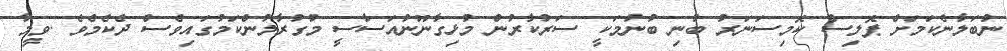
ނުބަލާނެކަމަށް ޕޮލިސް ކޮމިސަނަރު ބުނި ބުނުމަކީ ސަރުކާރުން މުޅިގާނޫނުއަސާސީ މުގުރާލުންކަމުގައިވެސް ދެކެމެވެ .ވީމާ